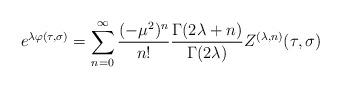
LaTeX: \begin{align*}e^{\lambda\varphi(\tau,\sigma)} = \sum^\infty_{n=0} \frac{(-\mu^2)^n}{n!}\frac{\Gamma(2\lambda + n)}{\Gamma(2\lambda)}Z^{(\lambda,n)}(\tau,\sigma)\end{align*}